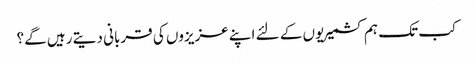
کب تک ہم کشمیریوں کے لئے اپنے عزیزوں کی قربانی دیتے رہیں گے؟